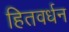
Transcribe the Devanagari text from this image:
हितवर्धन